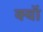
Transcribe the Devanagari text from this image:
क्यॉ